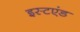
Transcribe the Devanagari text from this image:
इस्टएंड